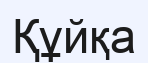
Құйқа